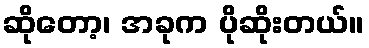
ဆိုတော့၊ အခုက ပိုဆိုးတယ်။